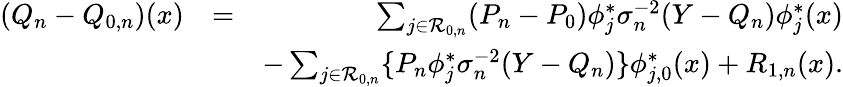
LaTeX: \begin{array}{rlr}{(Q_{n}-Q_{0,n})(x)}&{=}&{\sum_{j\in{\cal R}_{0,n}}(P_{n}-P_{0})\phi_{j}^{*}\sigma_{n}^{-2}(Y-{Q_{n}})\phi_{j}^{*}(x)}\\ &{}&{-\sum_{j\in{\cal R}_{0,n}}\{ P_{n}\phi_{j}^{*}\sigma_{n}^{-2}(Y-Q_{n})\} \phi_{j,0}^{*}(x)+R_{1,n}(x).}\end{array}